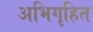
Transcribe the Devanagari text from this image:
अभिगृहित